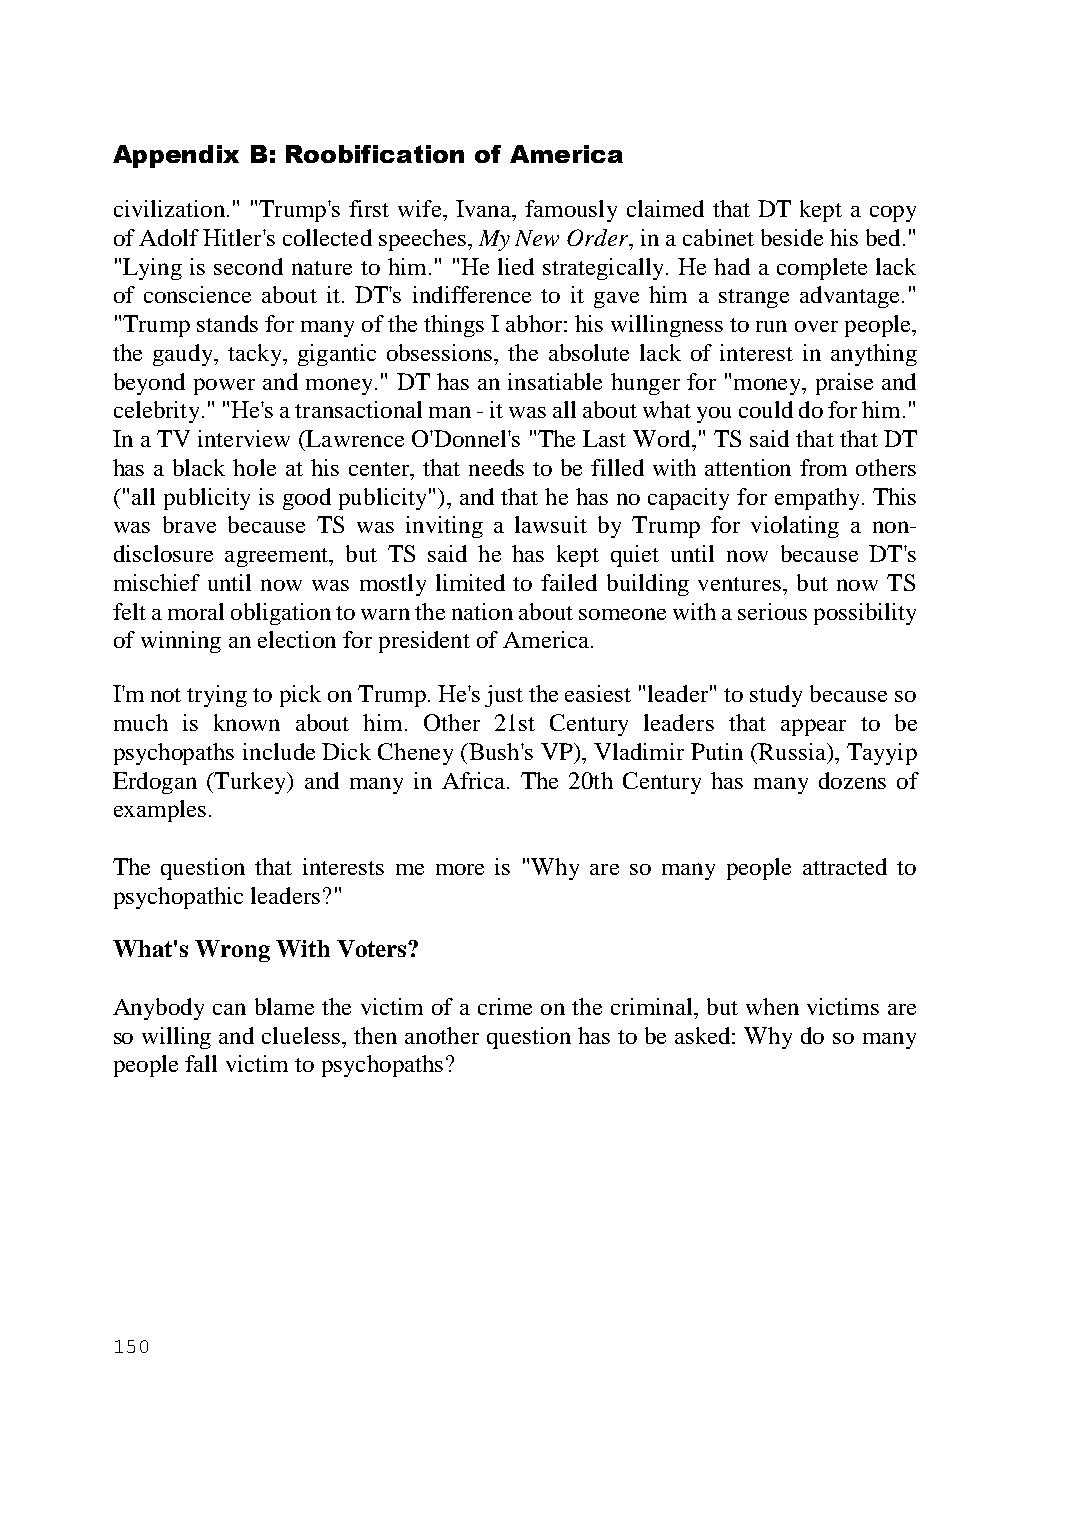
Appendix B: Roobification of America
 civilization." "Trump's first wife, Ivana, famously claimed that DT kept a copy
 of Adolf Hitler's collected speeches, My New Order, in a cabinet beside his bed."
 "Lying is second nature to him." "He lied strategically. He had a complete lack
 of conscience about it. DT's indifference to it gave him a strange advantage."
 "Trump stands for many of the things I abhor: his willingness to run over people,
 the gaudy, tacky, gigantic obsessions, the absolute lack of interest in anything
 beyond power and money." DT has an insatiable hunger for "money, praise and
 celebrity." "He's a transactional man - it was all about what you could do for him."
 In a TV interview (Lawrence O'Donnel's "The Last Word," TS said that that DT
 has a black hole at his center, that needs to be filled with attention from others
 ("all publicity is good publicity"), and that he has no capacity for empathy. This
 was brave because TS was inviting a lawsuit by Trump for violating a non-
 disclosure agreement, but TS said he has kept quiet until now because DT's
 mischief until now was mostly limited to failed building ventures, but now TS
 felt a moral obligation to warn the nation about someone with a serious possibility
 of winning an election for president of America.
 I'm not trying to pick on Trump. He's just the easiest "leader" to study because so
 much is known about him. Other 21st Century leaders that appear to be
 psychopaths include Dick Cheney (Bush's VP), Vladimir Putin (Russia), Tayyip
 Erdogan (Turkey) and many in Africa. The 20th Century has many dozens of
 examples.
 The question that interests me more is "Why are so many people attracted to
 psychopathic leaders?"
 What's Wrong With Voters?
 Anybody can blame the victim of a crime on the criminal, but when victims are
 so willing and clueless, then another question has to be asked: Why do so many
 people fall victim to psychopaths?
 150